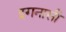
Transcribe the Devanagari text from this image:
इगनासी